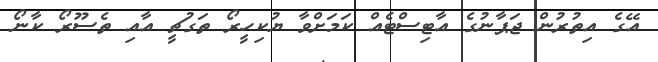
އޭގެ އިތުރުން ޖަޕާނުގެ އާޓިސްޓެއް ކަމަށްވާ ޔުކިހީރޯ ތަގުޗީ އާއި ތެސޫރޯ ކާނޯ